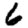
Digit: 6